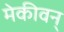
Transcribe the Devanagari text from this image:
मेकीवन्